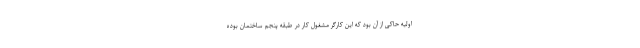
اولیه حاکی از آن بود که این کارگر مشغول کار در طبقه پنجم ساختمان بوده